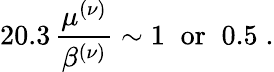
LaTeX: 20.3\, \frac{\mu^{(\nu)}}{\beta^{(\nu)}}\sim 1\; \; \mathrm{or}\; \; 0.5\; .